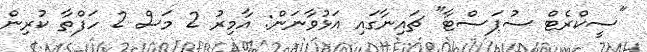
"ސީކްރެޓް ސުޕަސްޓާ" ޗައިނާގައި އަޅުވާނަން: އާމިރު 2 މަސް 2 ހަފްތާ ކުރިން